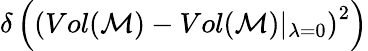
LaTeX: \delta\left(\left(Vol(\mathcal{M})-Vol(\mathcal{M})\vert_{\lambda=0}\right)^{2}\right)